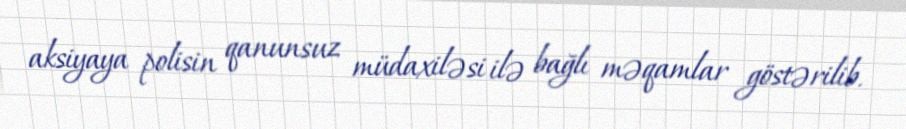
aksiyaya polisin qanunsuz müdaxiləsi ilə bağlı məqamlar göstərilib.